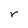
Character: r